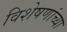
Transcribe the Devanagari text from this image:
विशेषणांच्या